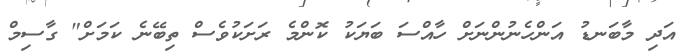
އަދި މާބަނޑު އަންހެނުންނަށް ހާއްސަ ބަޔަކު ކޮންމެ ރަށަކުވެސް ތިބޭނެ ކަމަށް" ގާސިމް